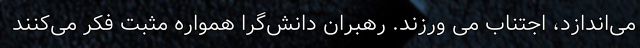
می‌اندازد، اجتناب می ورزند. رهبران دانش‌گرا همواره مثبت فکر می‌کنند